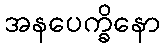
အနပေက္ခိနော